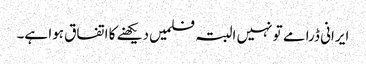
ایرانی ڈرامے تو نہیں البتہ فلمیں دیکھنے کا اتفاق ہوا ہے۔